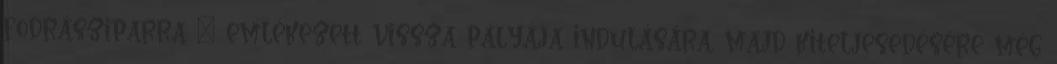
fodrásziparra – emlékezett vissza pályája indulására, majd kiteljesedésére még